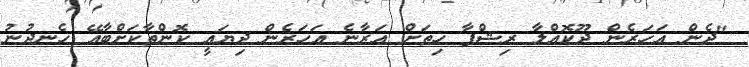
"ދެން އަހަރެން ދޫކޮއްލާ ރިޝްފާ ހިތަށް އަރާނެ އަހަރެން ދިޔައީ ކޮންތާކަށްބާއޭ ހެނދުނު